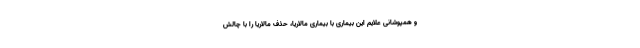
و همپوشانی علایم این بیماری با بیماری مالاریا، حذف مالاریا را با چالش